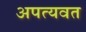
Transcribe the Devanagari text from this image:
अपत्यवत